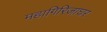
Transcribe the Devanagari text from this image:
महागिरिजाघर